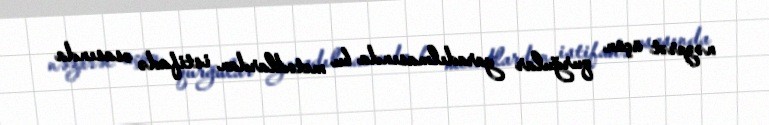
nəzarət üçün qurğular yaradılmasında bu metodlardan istifadə əsasında